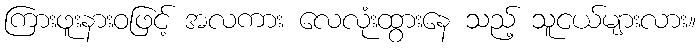
ကြားဖူးနားဝဖြင့် အလကား လေလုံးထွားနေ သည့် သူငယ်များလား။